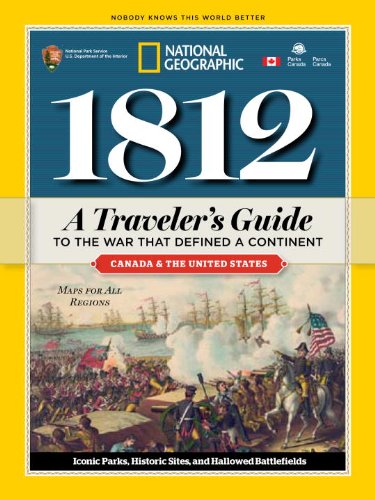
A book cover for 1812: A Traveler's Guide to the War That Defined a Continent; National Geographic; History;